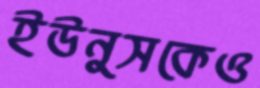
ইউনুসকেও